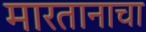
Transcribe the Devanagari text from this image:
मारतानाचा